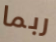
ربما